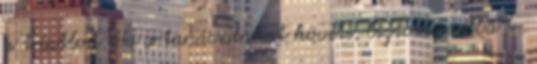
a triatlon. Ha a tanácsainkat követi, biztosan célba ér.